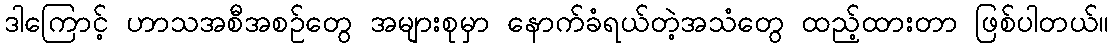
ဒါကြောင့် ဟာသအစီအစဉ်တွေ အများစုမှာ နောက်ခံရယ်တဲ့အသံတွေ ထည့်ထားတာ ဖြစ်ပါတယ်။